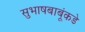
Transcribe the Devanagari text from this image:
सुभाषबाबूंकडे